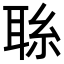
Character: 𦕱